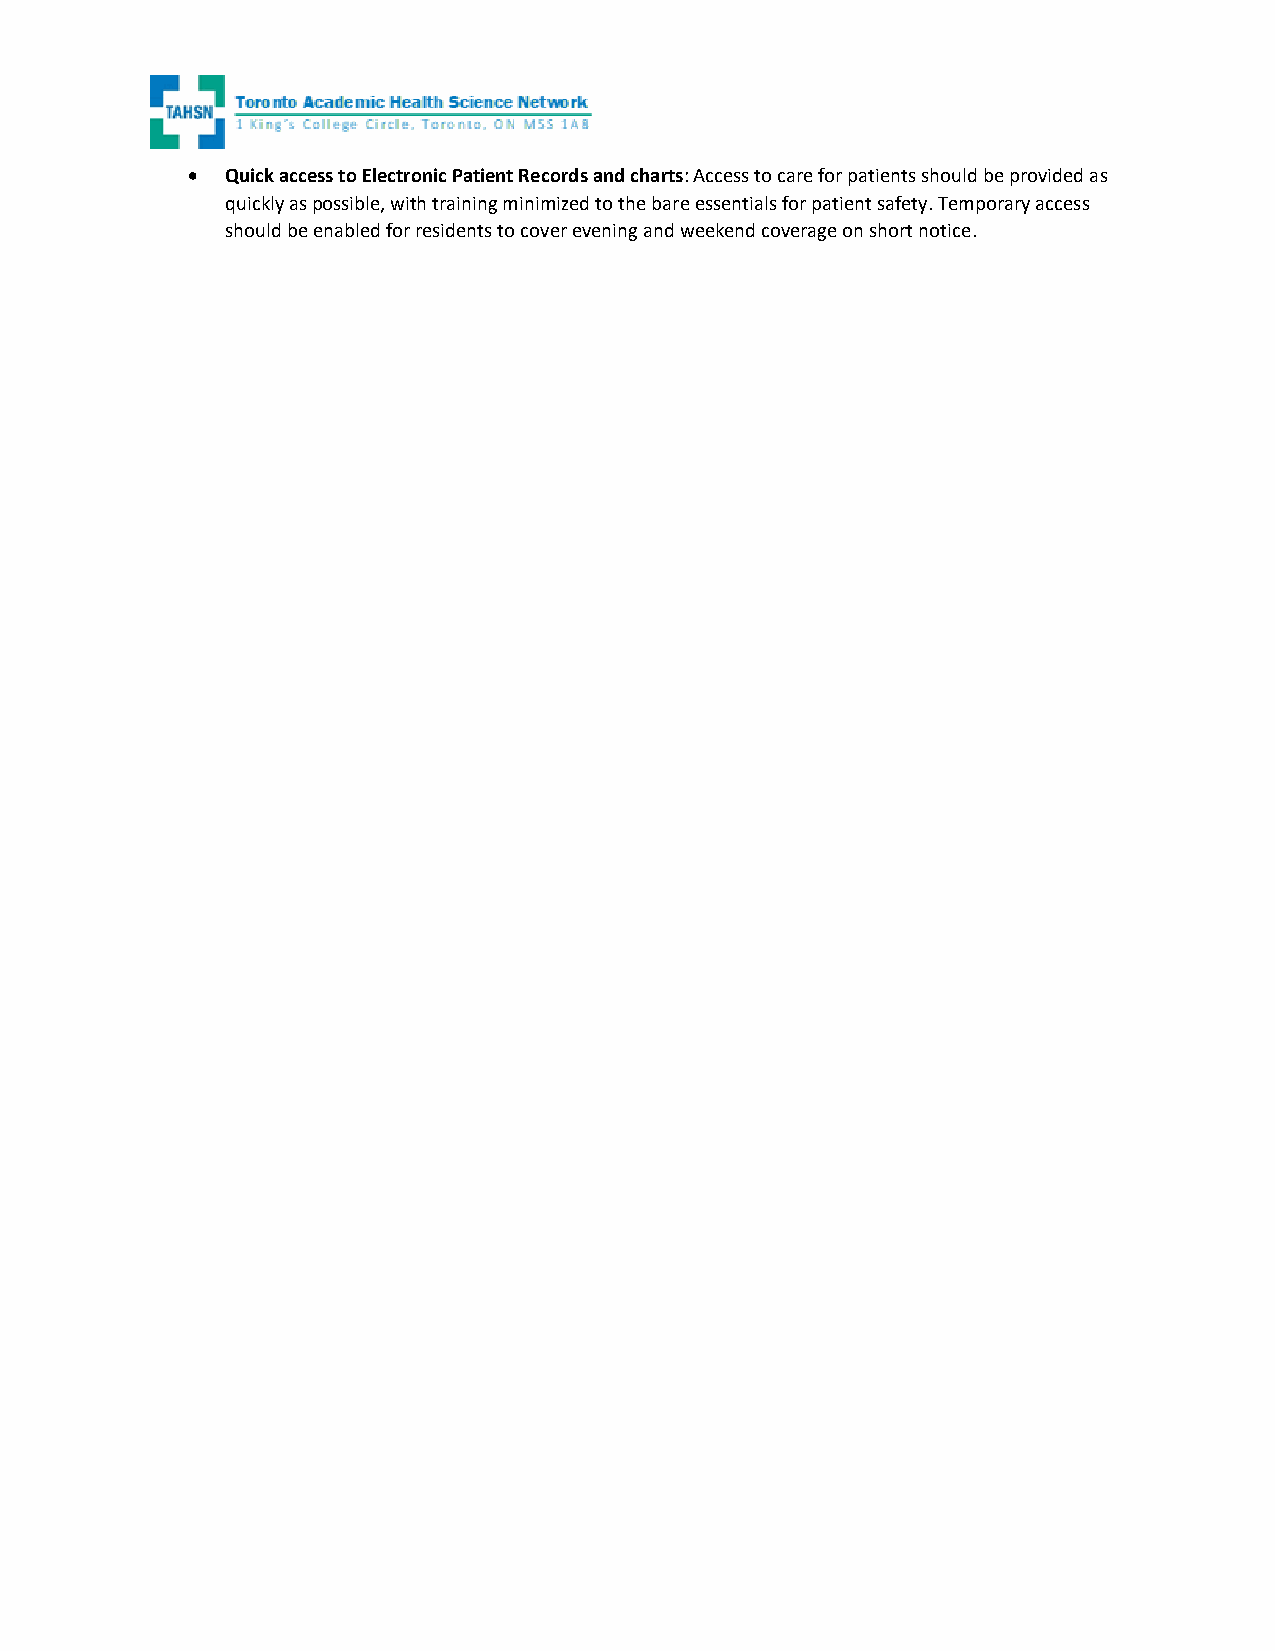
•  Quick access to Electronic Patient Records and charts: Access to care for patients should be provided as
 quickly as possible, with training minimized to the bare essentials for patient safety. Temporary access
 should be enabled for residents to cover evening and weekend coverage on short notice.